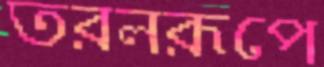
তরলরূপে